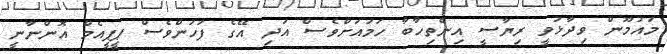
މައުމޫން ވިދާޅުވީ ރިޔާސީ އިންތިހާބާ ހަމައަށްވެސް އަދި އޭގެ ފަހުންވެސް ޕީޕީއެމް އޮންނާނީ